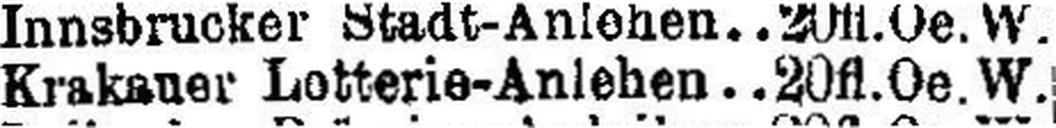
Krakauer Lotterie-Anlehen 20 fl.Oe.W.